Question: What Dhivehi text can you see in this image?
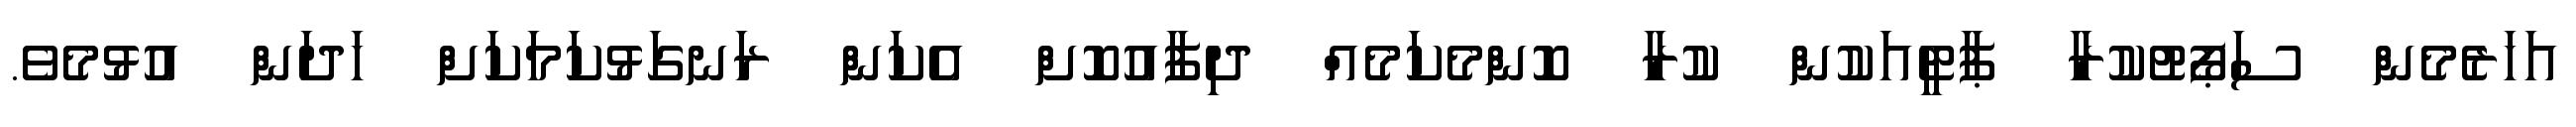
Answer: އަހަރެމެން ސަޕޯޓުކުރާ ޕާޓީއަކުން ކުރާ ކޮންމެކަމެއް ދިފާއުކޮށް އެކަން ރަނގަޅުކަމަކަށް ހަދަން އުޅުމެވެ.